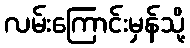
လမ်းကြောင်းမှန်သို့